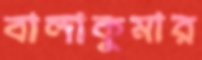
বালাকুমার